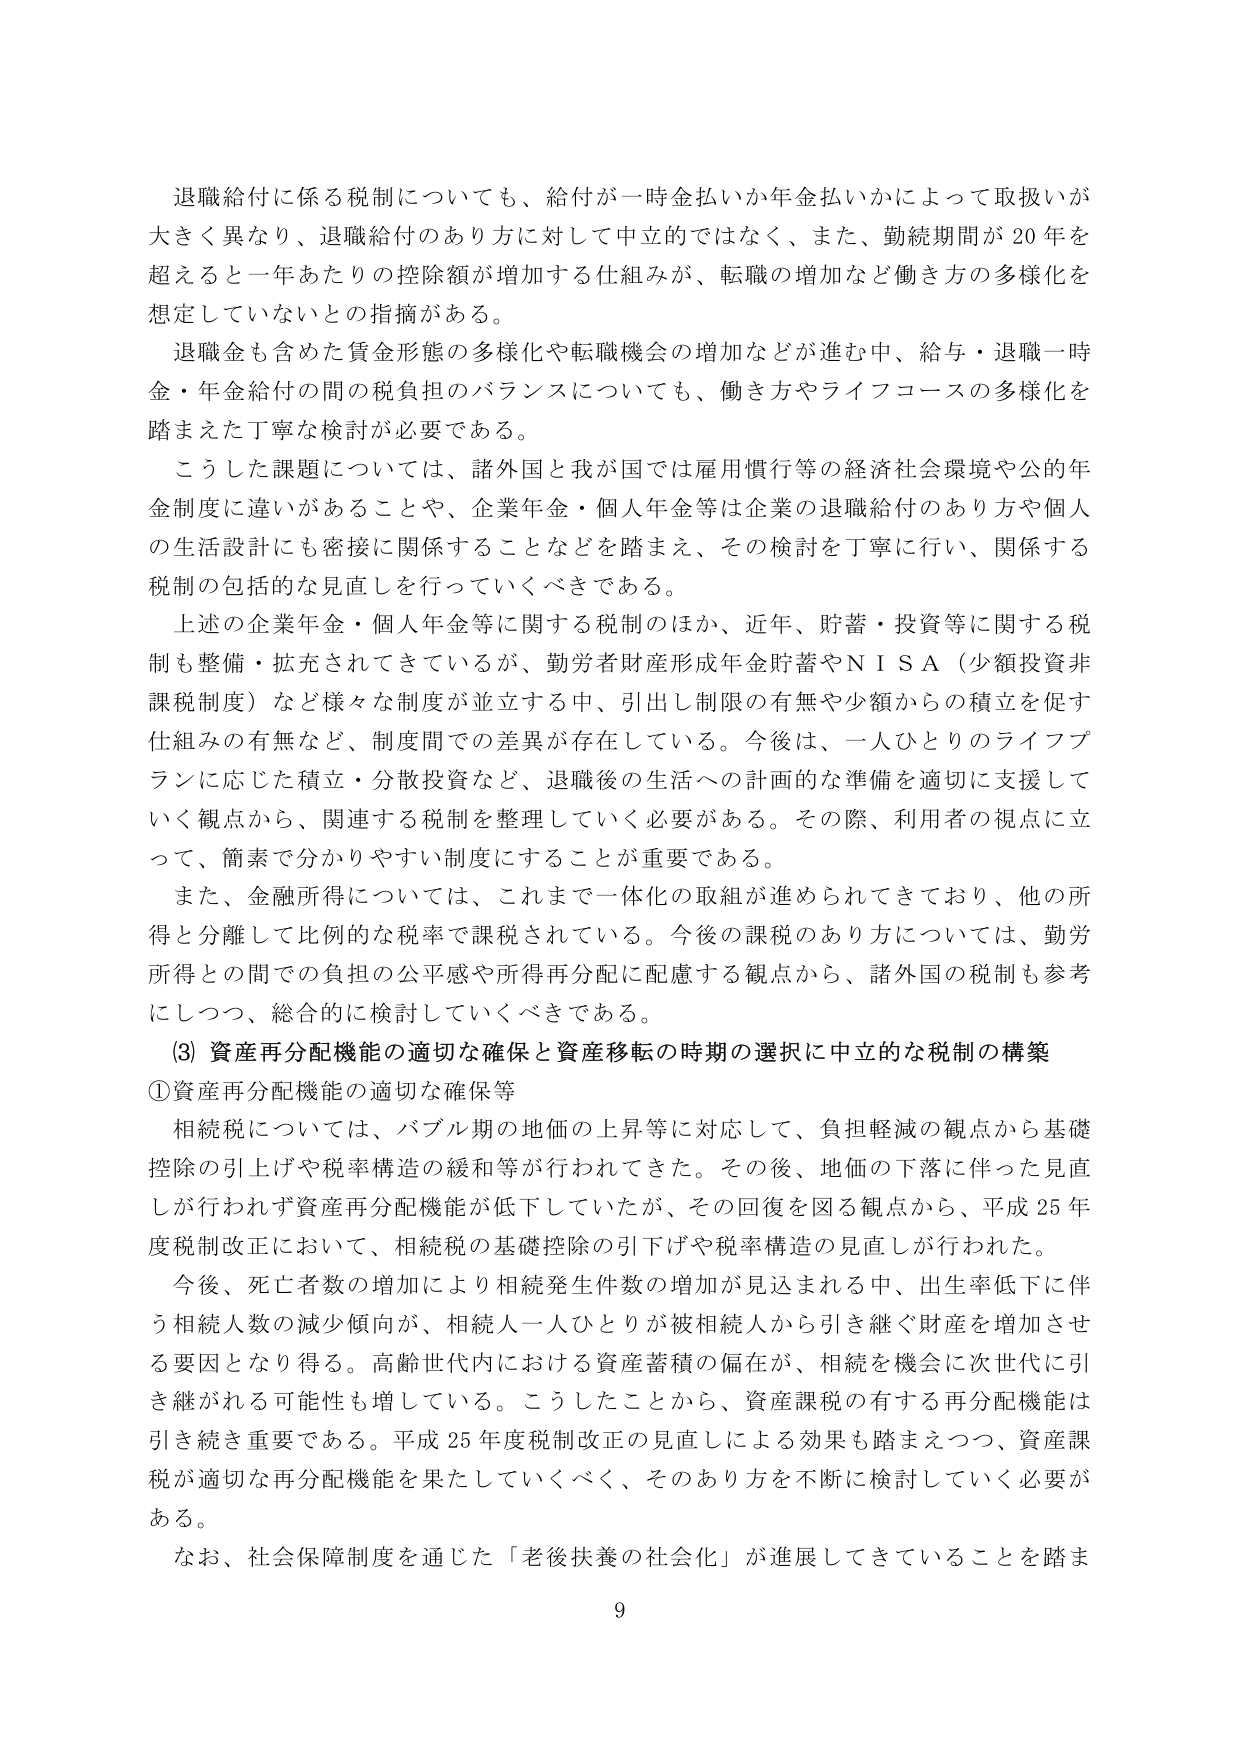
退職給付に係る税制についても、給付が一時金払いか年金払いかによって取扱いが大きく異なり、退職給付のあり方に対して中立的ではなく、また、勤続期間が20年を超えると一年あたりの控除額が増加する仕組みが、転職の増加など働き方の多様化を想定していないとの指摘がある。

退職金も含めた賃金形態の多様化や転職機会の増加などが進む中、給与・退職一時金・年金給付の間の税負担のバランスについても、働き方やライフコースの多様化を踏まえた丁寧な検討が必要である。

こうした課題については、諸外国と我が国では雇用慣行等の経済社会環境や公的年金制度に違いがあることや、企業年金・個人年金等は企業の退職給付のあり方や個人の生活設計にも密接に関係することなどを踏まえ、その検討を丁寧に行い、関係する税制の包括的な見直しを行っていくべきである。

上述の企業年金・個人年金等に関する税制のほか、近年、貯蓄・投資等に関する税制も整備・拡充されてきているが、勤労者財産形成年金貯蓄やＮＩＳＡ（少額投資非課税制度）など様々な制度が並立する中、引出し制限の有無や少額からの積立を促す仕組みの有無など、制度間での差異が存在している。今後は、一人ひとりのライフプランに応じた積立・分散投資など、退職後の生活への計画的な準備を適切に支援していく観点から、関連する税制を整理していく必要がある。その際、利用者の視点に立って、簡素で分かりやすい制度にすることが重要である。

また、金融所得については、これまで一体化の取組が進められてきており、他の所得と分離して比例的な税率で課税されている。今後の課税のあり方については、勤労所得との間での負担の公平感や所得再分配に配慮する観点から、諸外国の税制も参考にしつつ、総合的に検討していくべきである。

(3) 資産再分配機能の適切な確保と資産移転の時期の選択に中立的な税制の構築

①資産再分配機能の適切な確保等

相続税については、バブル期の地価の上昇等に対応して、負担軽減の観点から基礎控除の引上げや税率構造の緩和等が行われてきた。その後、地価の下落に伴った見直しが行われず資産再分配機能が低下していたが、その回復を図る観点から、平成25年度税制改正において、相続税の基礎控除の引下げや税率構造の見直しが行われた。

今後、死亡者数の増加により相続発生件数の増加が見込まれる中、出生率低下に伴う相続人数の減少傾向が、相続人一人ひとりが被相続人から引き継ぐ財産を増加させる要因となり得る。高齢世代内における資産蓄積の偏在が、相続を機会に次世代に引き継がれる可能性も増している。こうしたことから、資産課税の有する再分配機能は引き続き重要である。平成25年度税制改正の見直しによる効果も踏まえつつ、資産課税が適切な再分配機能を果たしていくべく、そのあり方を不断に検討していく必要がある。

なお、社会保障制度を通じた「老後扶養の社会化」が進展してきていることを踏ま

9